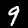
Digit: 9